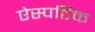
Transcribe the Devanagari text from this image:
ऐस्पर्टिक